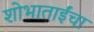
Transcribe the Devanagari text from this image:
शोभाताईंचा